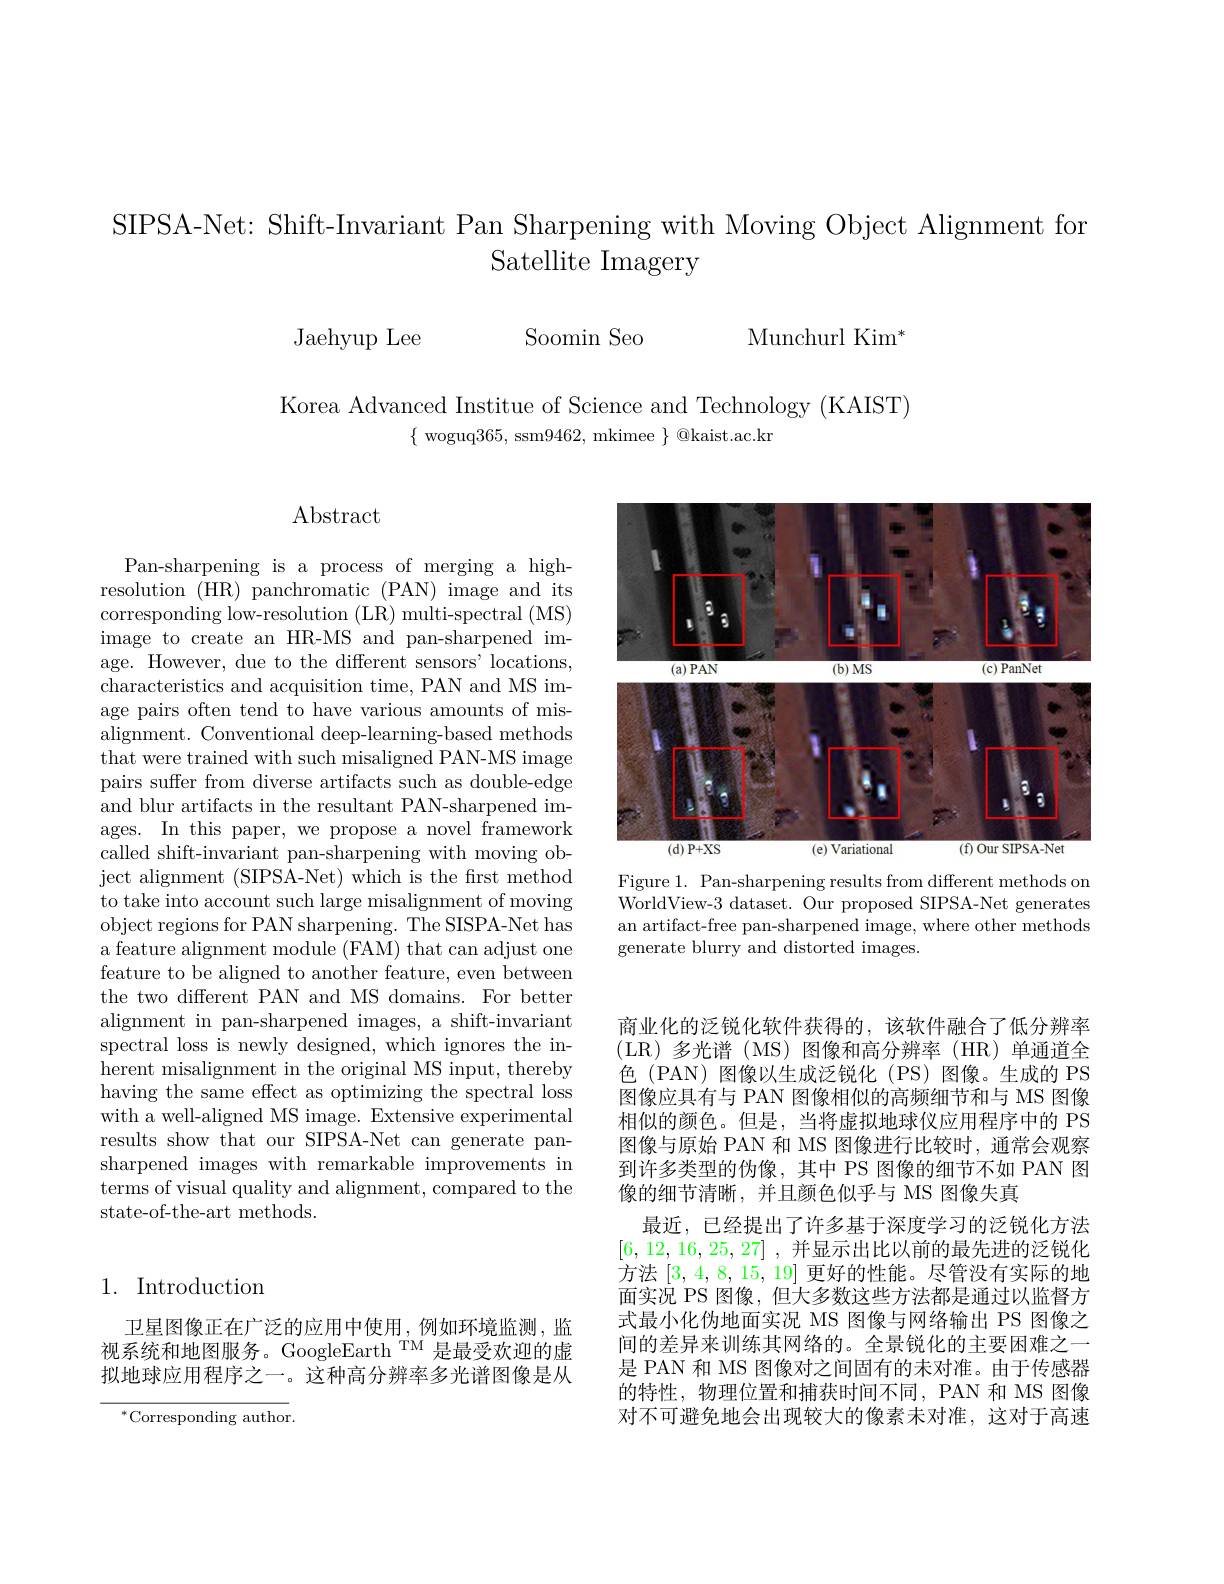
SIPSA-Net: Shift-Invariant Pan Sharpening with Moving Object Alignment for
# Satellite Imagery

Jaehyup Lee

Soomin Seo

Munchurl Ki$m^{* }$

Korea Advanced Institue of Science and Technology (KAIST)
$\{$ woguq365, ssm9462, mkimee $\}$ @kaist.ac.kr

$\operatorname{Abstract}$

Pan-sharpening is a process of merging a highresolution (HR) panchromatic (PAN) image and its corresponding low-resolution (LR) multi-spectral (MS) image to create an HR-MS and pan-sharpened image. However, due to the different sensors' locations, characteristics and acquisition time, PAN and MS image pairs often tend to have various amounts of misalignment. Conventional deep-learning-based methods that were trained with such misaligned PAN-MS image pairs suffer from diverse artifacts such as double-edge and blur artifacts in the resultant PAN-sharpened images. In this paper, we propose a novel framework called shift-invariant pan-sharpening with moving ob- $\begin{array}{cc}\text{ject alignment (SIPSA-Net) which is the first method}\end{array}$ to take into account such large misalignment of moving object regions for PAN sharpening. The SISPA-Net has a feature alignment module (FAM) that can adjust one feature to be aligned to another feature, even between the two different PAN and MS domains. For better alignment in pan-sharpened images, a shift-invariant spectral loss is newly designed, which ignores the inherent misalignment in the original MS input, thereby having the same effect as optimizing the spectral loss with a well-aligned MS image. Extensive experimental results show that our SIPSA-Net can generate pansharpened images with remarkable improvements in terms of visual quality and alignment, compared to the state-of-the-art methods.

# 1. Introduction

卫星图像正在广泛的应用中使用，例如环境监测，监视系统和地图服务。GoogleEarth$^{\mathrm{TM}}$是最受欢迎的虚拟地球应用程序之一。这种高分辨率多光谱图像是从

$^{*}$Corresponding author

<FigureHere>

Figure 1. Pan-sharpening results from different methods on WorldView-3 dataset. Our proposed SIPSA-Net generates an artifact-free pan-sharpened image, where other methods generate blurry and distorted images.

商业化的泛锐化软件获得的，该软件融合了低分辨率(LR)多光谱(MS)图像和高分辨率(HR)单通道全色 (PAN) 图像以生成泛锐化 (PS) 图像。生成的 PS 图像应具有与 PAN 图像相似的高频细节和与 MS 图像相似的颜色。但是，当将虚拟地球仪应用程序中的 PS 图像与原始 PAN 和 MS 图像进行比较时，通常会观察到许多类型的伪像，其中 PS 图像的细节不如 PAN 图像的细节清晰，并且颜色似乎与 MS 图像失真
最近，已经提出了许多基于深度学习的泛锐化方法[6,12,16,25,27] ,并显示出比以前的最先进的泛锐化方法[3,4,8,15,19]更好的性能。尽管没有实际的地面实况 PS 图像，但大多数这些方法都是通过以监督方式最小化伪地面实况 MS 图像与网络输出 PS 图像之间的差异来训练其网络的。全景锐化的主要困难之一是 PAN 和 MS 图像对之间固有的未对准。由于传感器的特性，物理位置和捕获时间不同，PAN 和 MS 图像对不可避免地会出现较大的像素未对准，这对于高速